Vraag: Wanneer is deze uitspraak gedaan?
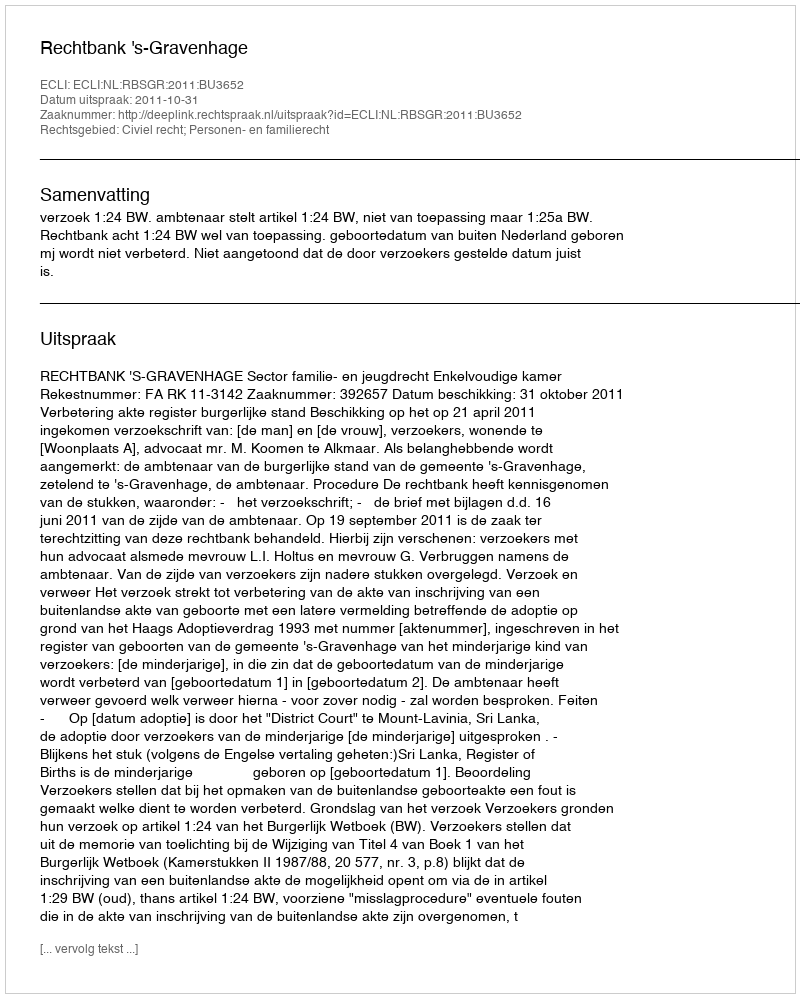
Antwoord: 2011-10-31